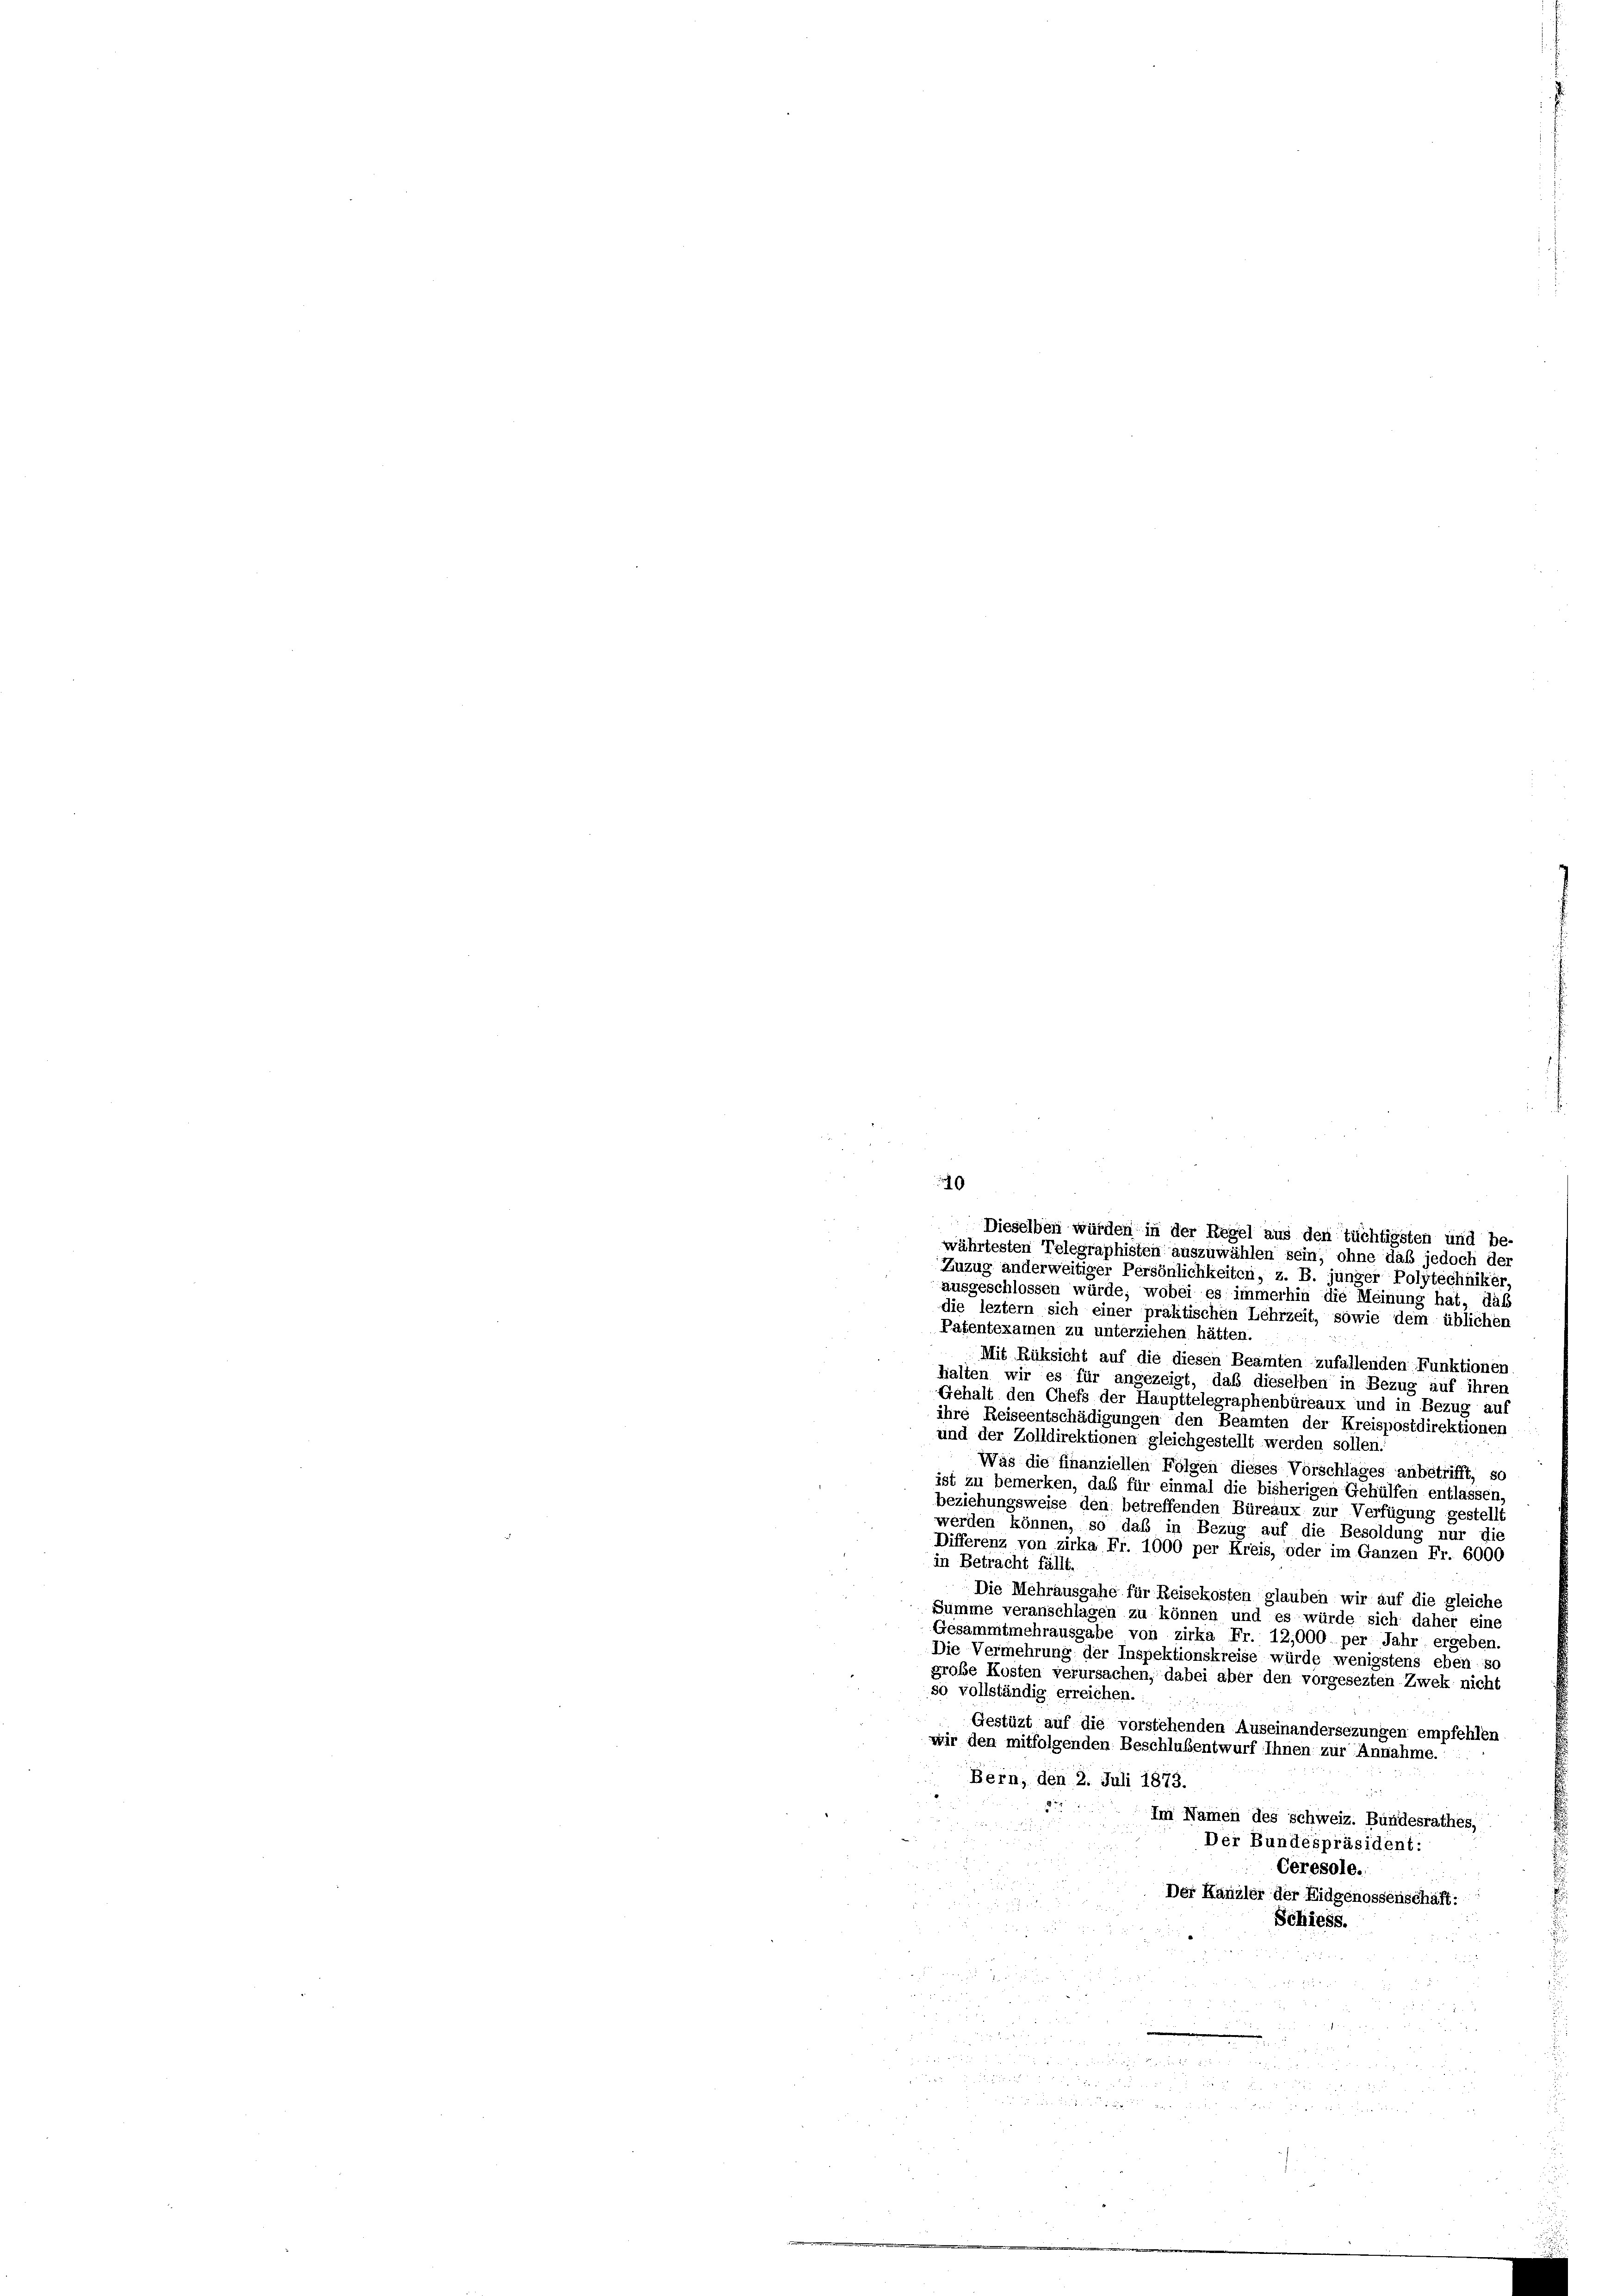
10
e
Dieselben würden in der Regel aus den Tüchtigsten und be-
währtesten Telegraphisten auszuwählen sein, ohne daß jedoch der

Zuzug anderweitiger Persönlichkeiten, z. B. junger Polytechniker
ausgeschlossen würde; wobei es immerhin die Meinung hat, daß
die leztem sich einer praktischen Lehrzeit, sowie dem üblichen
Patentexamen zu unterziehen hätten.
Mit Rüksicht auf die diesen Beamten zufallenden Funktionen.
halten wir es für angezeigt, daß dieselben in Bezug auf ihren
Gehalt den Chefs der Haupttelegraphenbüreaux und in Bezug auf
ihre Reiseentschädigungen den Beamten der Kreispostdirektionen
und der Zolldirektionen gleichgestellt werden sollen.
Was die finanziellen Folgen dieses Vorschlages anbetrifft, so
ist zu bemerken, daß für einmal die bisherigen Gehülfen entlassen,
beziehungsweise den betreffenden Büreaux zur Verfügung gestellt
werden können, so daß in Bezug auf die Besoldung nur die
Differenz von zirka Fr. 1000 per Kreis, oder im Ganzen Fr. 6000
in Betracht fällt.
Die Mehrausgahe für Reisekosten glauben wir auf die gleiche
Summe veranschlagen zu können und es würde sich daher eine
Gesammtmehrausgabe von zirka Fr. 12,000 per Jahr ergeben
Die Vermehrung der Inspektionskreise würde wenigstens eben si
große Kosten verursachen, dabei aber den vorgesezten Zwek nicht
so vollständig erreichen.
Gestüzt auf die vorstehenden Auseinandersezungen empfehlen
wir den mitfolgenden Beschlussentwurf Ihnen zur Annahme.
Bern, den 2. Juli 1873.
r
Im Namen des Schweiz. Bundesrathes,
Der Bundespräsident:
Ceresole.
Der Kanzler der Eidgenossenschaft:
Schiess.
 7

2 80
e

ge